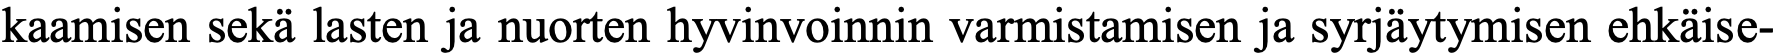
kaamisen sekä lasten ja nuorten hyvinvoinnin varmistamisen ja syrjäytymisen ehkäise-